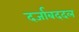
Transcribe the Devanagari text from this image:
दर्जाबददल